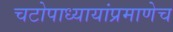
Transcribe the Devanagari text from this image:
चटोपाध्यायांप्रमाणेच